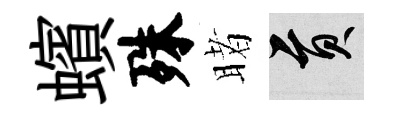
蠙殊睹貢